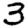
Digit: 3